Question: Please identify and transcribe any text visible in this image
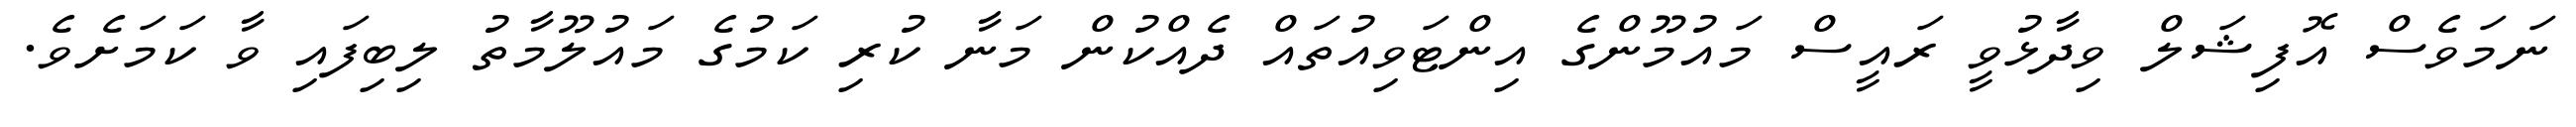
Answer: ނަމަވެސް އޮފިޝަލް ވިދާޅުވީ ރައީސް މައުމޫންގެ އިންޓަވިއުތައް ދެއްކުން މަނާ ކުރި ކަމުގެ މައުލޫމާތު ލިބިފައި ވާ ކަމަށެވެ.